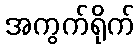
အကွက်ရိုက်